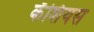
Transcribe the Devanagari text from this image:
कॅशियस